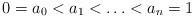
LaTeX: \begin{align*}0=a_0<a_1<\ldots<a_n=1\end{align*}